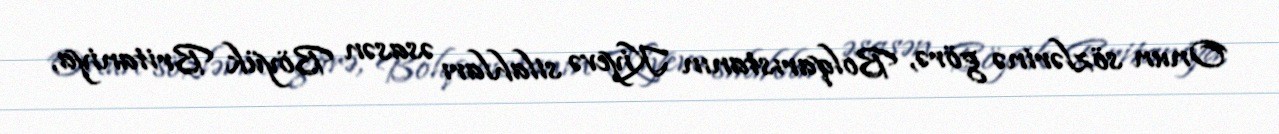
Onun sözlərinə görə, Bolqarıstanın Kiyevə silahları əsasən Böyük Britaniya,